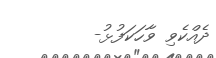
ދެއްކެވި ވާހަކަފުޅު-